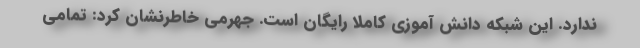
ندارد. این شبکه دانش آموزی کاملا رایگان است. جهرمی خاطرنشان کرد: تمامی